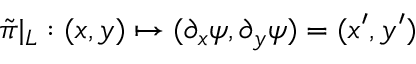
\tilde { \pi } | _ { L } : ( x , y ) \mapsto ( \partial _ { x } \psi , \partial _ { y } \psi ) = ( x ^ { \prime } , y ^ { \prime } )